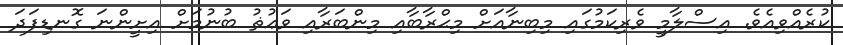
ކުރެއްވިއެވެ. އިސްލާމީ ވެރިކަމުގައި މިބިނާއަށް މިޙްރާބާއި މިންބަރާއި ވަޢުޡު ބުނުމަށް އިށީންނަ ގޮނޑިފަދަ